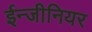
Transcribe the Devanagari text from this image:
ईन्जीनियर